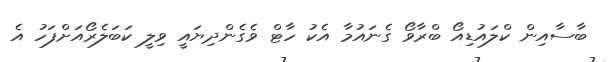
ބާސާއިން ކްލައުޑިއޯ ބްރާވޯ ގެނައުމާ އެކު ހާޓް ވެގެންދިޔައީ ވިލީ ކަބަލެރޯއަށްފަހު އެ